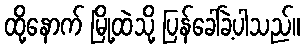
ထို့နောက် မြို့ထဲသို့ ပြန်ခေါ်ခဲ့ပါသည်။